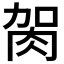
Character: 𦙲